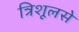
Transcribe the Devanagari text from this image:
त्रिशूलसे